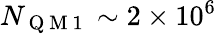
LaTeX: N_{\mathrm{~Q~M~1~}}\sim 2\times 10^{6}